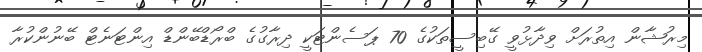
މިރުޝާން އިތުރަށް ވިދާޅުވީ ގޭބިސީތަކުގެ 70 ޕަސެންޓަކީ ދިރާގުގެ ބްރޯޑްބޭންޑް އިންޓަނެޓް ބޭނުންކުރާ